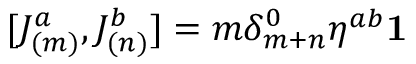
\lbrack J _ { ( m ) } ^ { a } , J _ { ( n ) } ^ { b } ] = m \delta _ { m + n } ^ { 0 } \eta ^ { a b } \mathbf { 1 }